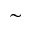
\sim